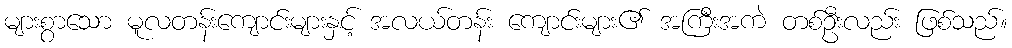
များစွာသော မူလတန်းကျောင်းများနှင့် အလယ်တန်း ကျောင်းများ၏ အကြီးအကဲ တစ်ဦးလည်း ဖြစ်သည်။